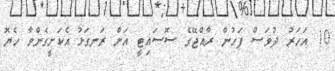
10 އަހަރު ދުވަސް ފަހުން ރާއްޖޭގެ ސޮސައިޓީ އަށް ރަނގަޅު އެކަށީގެންވާ ހެޔޮ